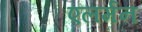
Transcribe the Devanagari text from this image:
एलर्मन